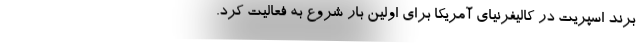
برند اسپریت در کالیفرنیای آمریکا برای اولین بار شروع به فعالیت کرد.